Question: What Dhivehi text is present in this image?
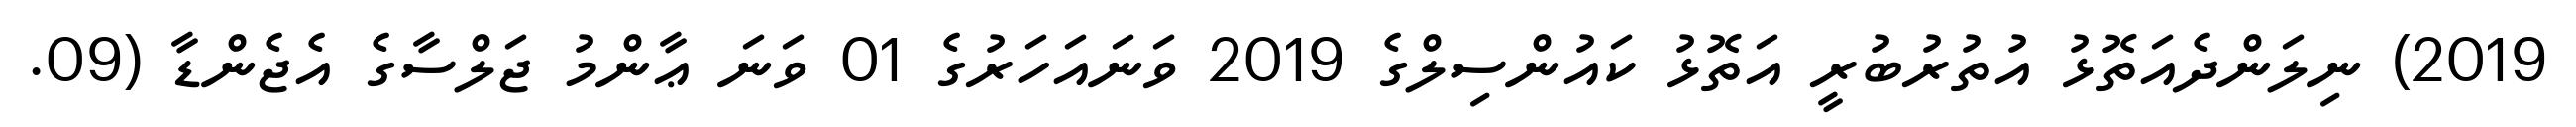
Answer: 2019) ނިލަންދެއަތޮޅު އުތުރުބުރީ އަތޮޅު ކައުންސިލްގެ 2019 ވަނައަހަރުގެ 01 ވަނަ ޢާންމު ޖަލްސާގެ އެޖެންޑާ (09.